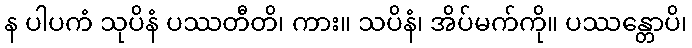
န ပါပကံ သုပိနံ ပဿတီတိ၊ ကား။ သပိနံ၊ အိပ်မက်ကို။ ပဿန္တောပိ၊